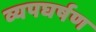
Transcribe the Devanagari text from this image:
व्यपघर्षण